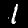
Digit: 1